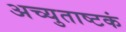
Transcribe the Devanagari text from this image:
अच्युताष्टकं